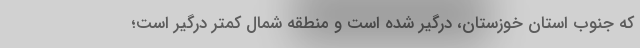
که جنوب استان خوزستان، درگیر شده است و منطقه شمال کمتر درگیر است؛